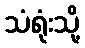
သံရုံးသို့